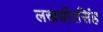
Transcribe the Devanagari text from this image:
लखधीरसिंह